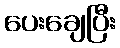
ပေးချေပြီး